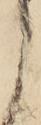
か